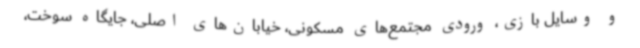
و وسایل بازی، ورودی مجتمع‌های مسکونی، خیابان‌های اصلی، جایگاه سوخت،